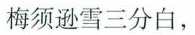
梅须逊雪三分白，